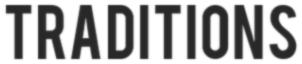
TRADITIONS